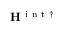
{ \bf { H } } ^ { \mathrm { ~ i ~ n ~ t ~ } \dagger }